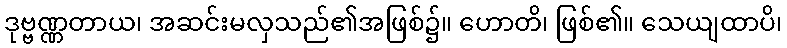
ဒုဗ္ဗဏ္ဏတာယ၊ အဆင်းမလှသည်၏အဖြစ်၌။ ဟောတိ၊ ဖြစ်၏။ သေယျထာပိ၊